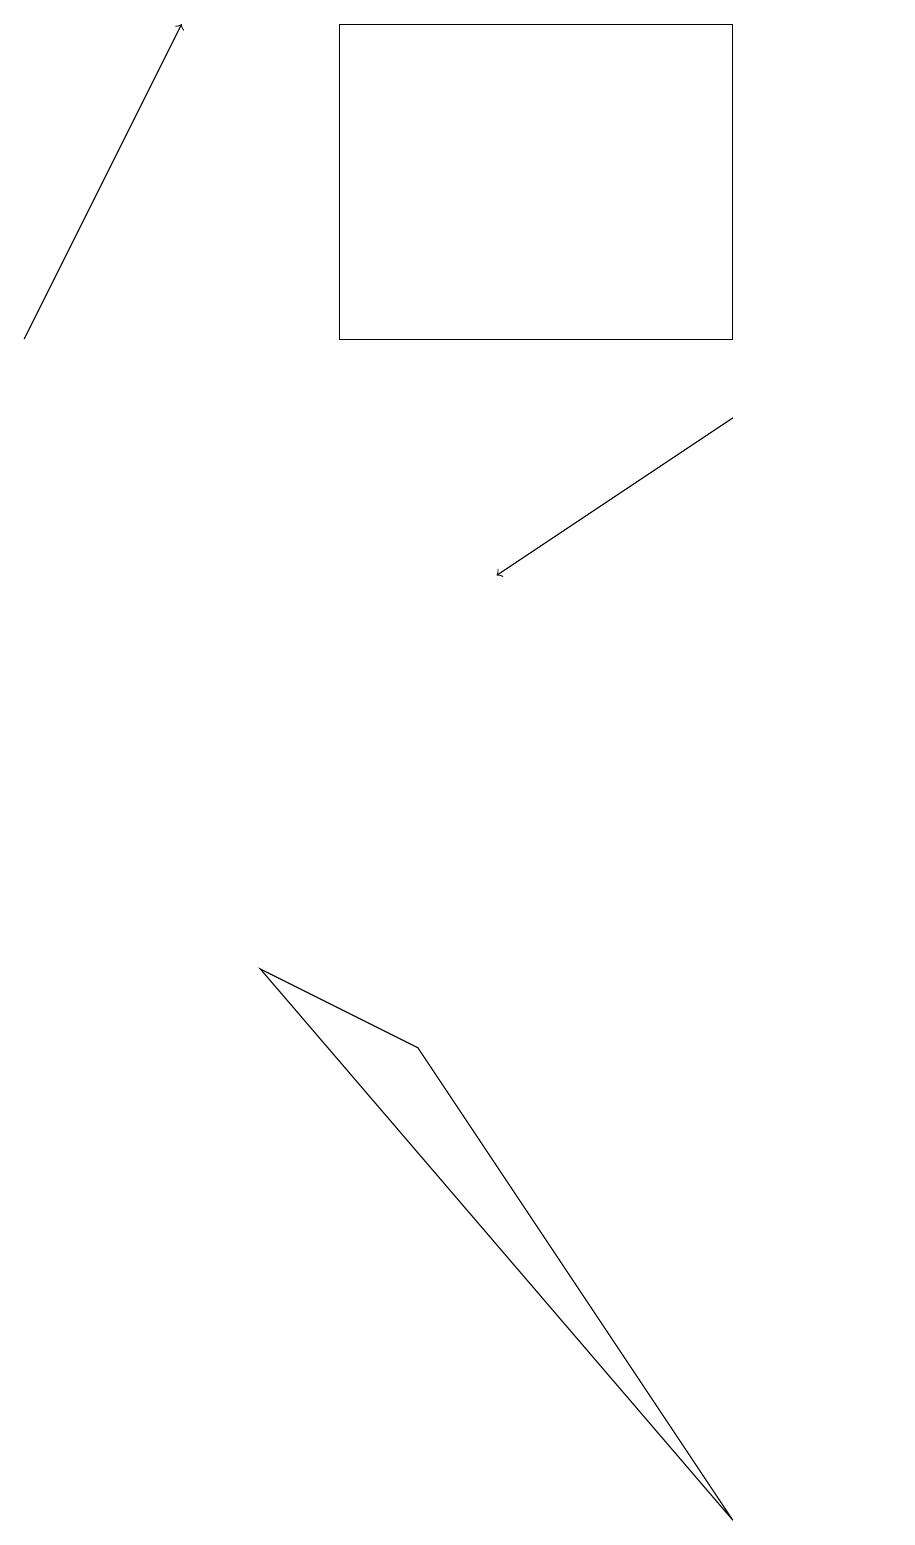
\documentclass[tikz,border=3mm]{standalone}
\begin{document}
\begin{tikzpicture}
\draw (4,15) rectangle (9,19);
\draw (10,11) circle (0);
\draw[->] (0,15) -- (2,19);
\draw (11,10) circle (0);
\draw[->] (9,14) -- (6,12);
\draw (9,0) -- (3,7) -- (5,6) -- cycle;
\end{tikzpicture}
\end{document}